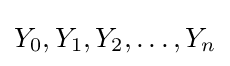
Y_{0},Y_{1},Y_{2},\dots ,Y_{n}